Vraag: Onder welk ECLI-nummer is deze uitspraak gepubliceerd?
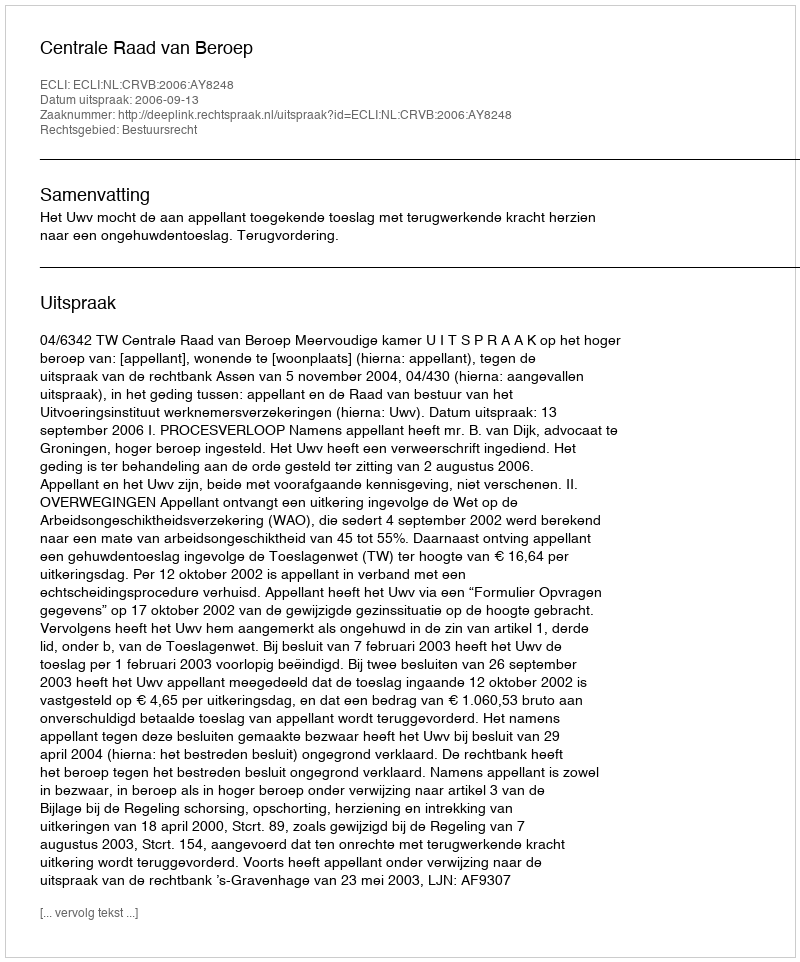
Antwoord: ECLI:NL:CRVB:2006:AY8248